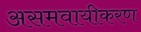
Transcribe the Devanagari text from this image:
असमवायीकरण